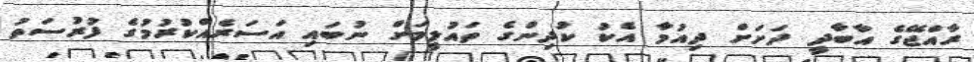
ރާއްޖޭގެ އާބާދީ ދަށަށް ދިއުމާ އެކު ކުދިންގެ ތައުލީމަށް ނުބައި އަސަރެއްކުރުމުގެ ފުރުސަތު